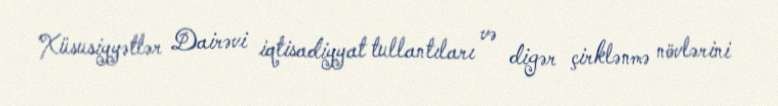
Xüsusiyyətlər Dairəvi iqtisadiyyat tullantıları və digər çirklənmə növlərini